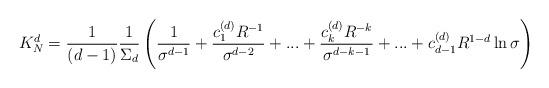
LaTeX: \begin{align*}K^d_N={1\over (d-1)}{1\over \Sigma_d}\left({1\over \sigma^{d-1}}+{c_1^{(d)}R^{-1}\over \sigma^{d-2}}+...+{c_k^{(d)}R^{-k}\over \sigma^{d-k-1}}+...+c_{d-1}^{(d)}R^{1-d}\ln \sigma\right)\end{align*}